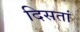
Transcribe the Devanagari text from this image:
दिसतां